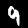
Digit: 9